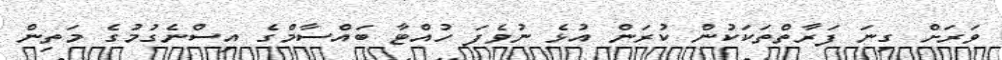
ވަރަށް ގިނަ ފަރާތްތަކަކުން ކުރަން އުޅެ ނުވެފަ ހުއްޓާ ބައްސާމްގެ އިސްނެގުމުގެ މަތިން